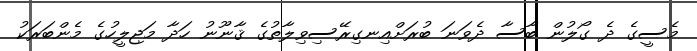
މެސީގެ ދެ ގޯލުން ބާސާ ދެވަނަ ބުރަށްއިނގިރޭސިވިލާތުގެ ޤާނޫނު ހަދާ މަޖިލީހުގެ މެންބަރަކު